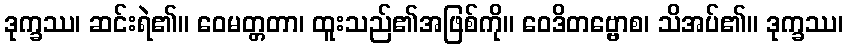
ဒုက္ခဿ၊ ဆင်းရဲ၏။ ဝေမတ္တတာ၊ ထူးသည်၏အဖြစ်ကို။ ဝေဒိတဗ္ဗောစ၊ သိအပ်၏။ ဒုက္ခဿ၊